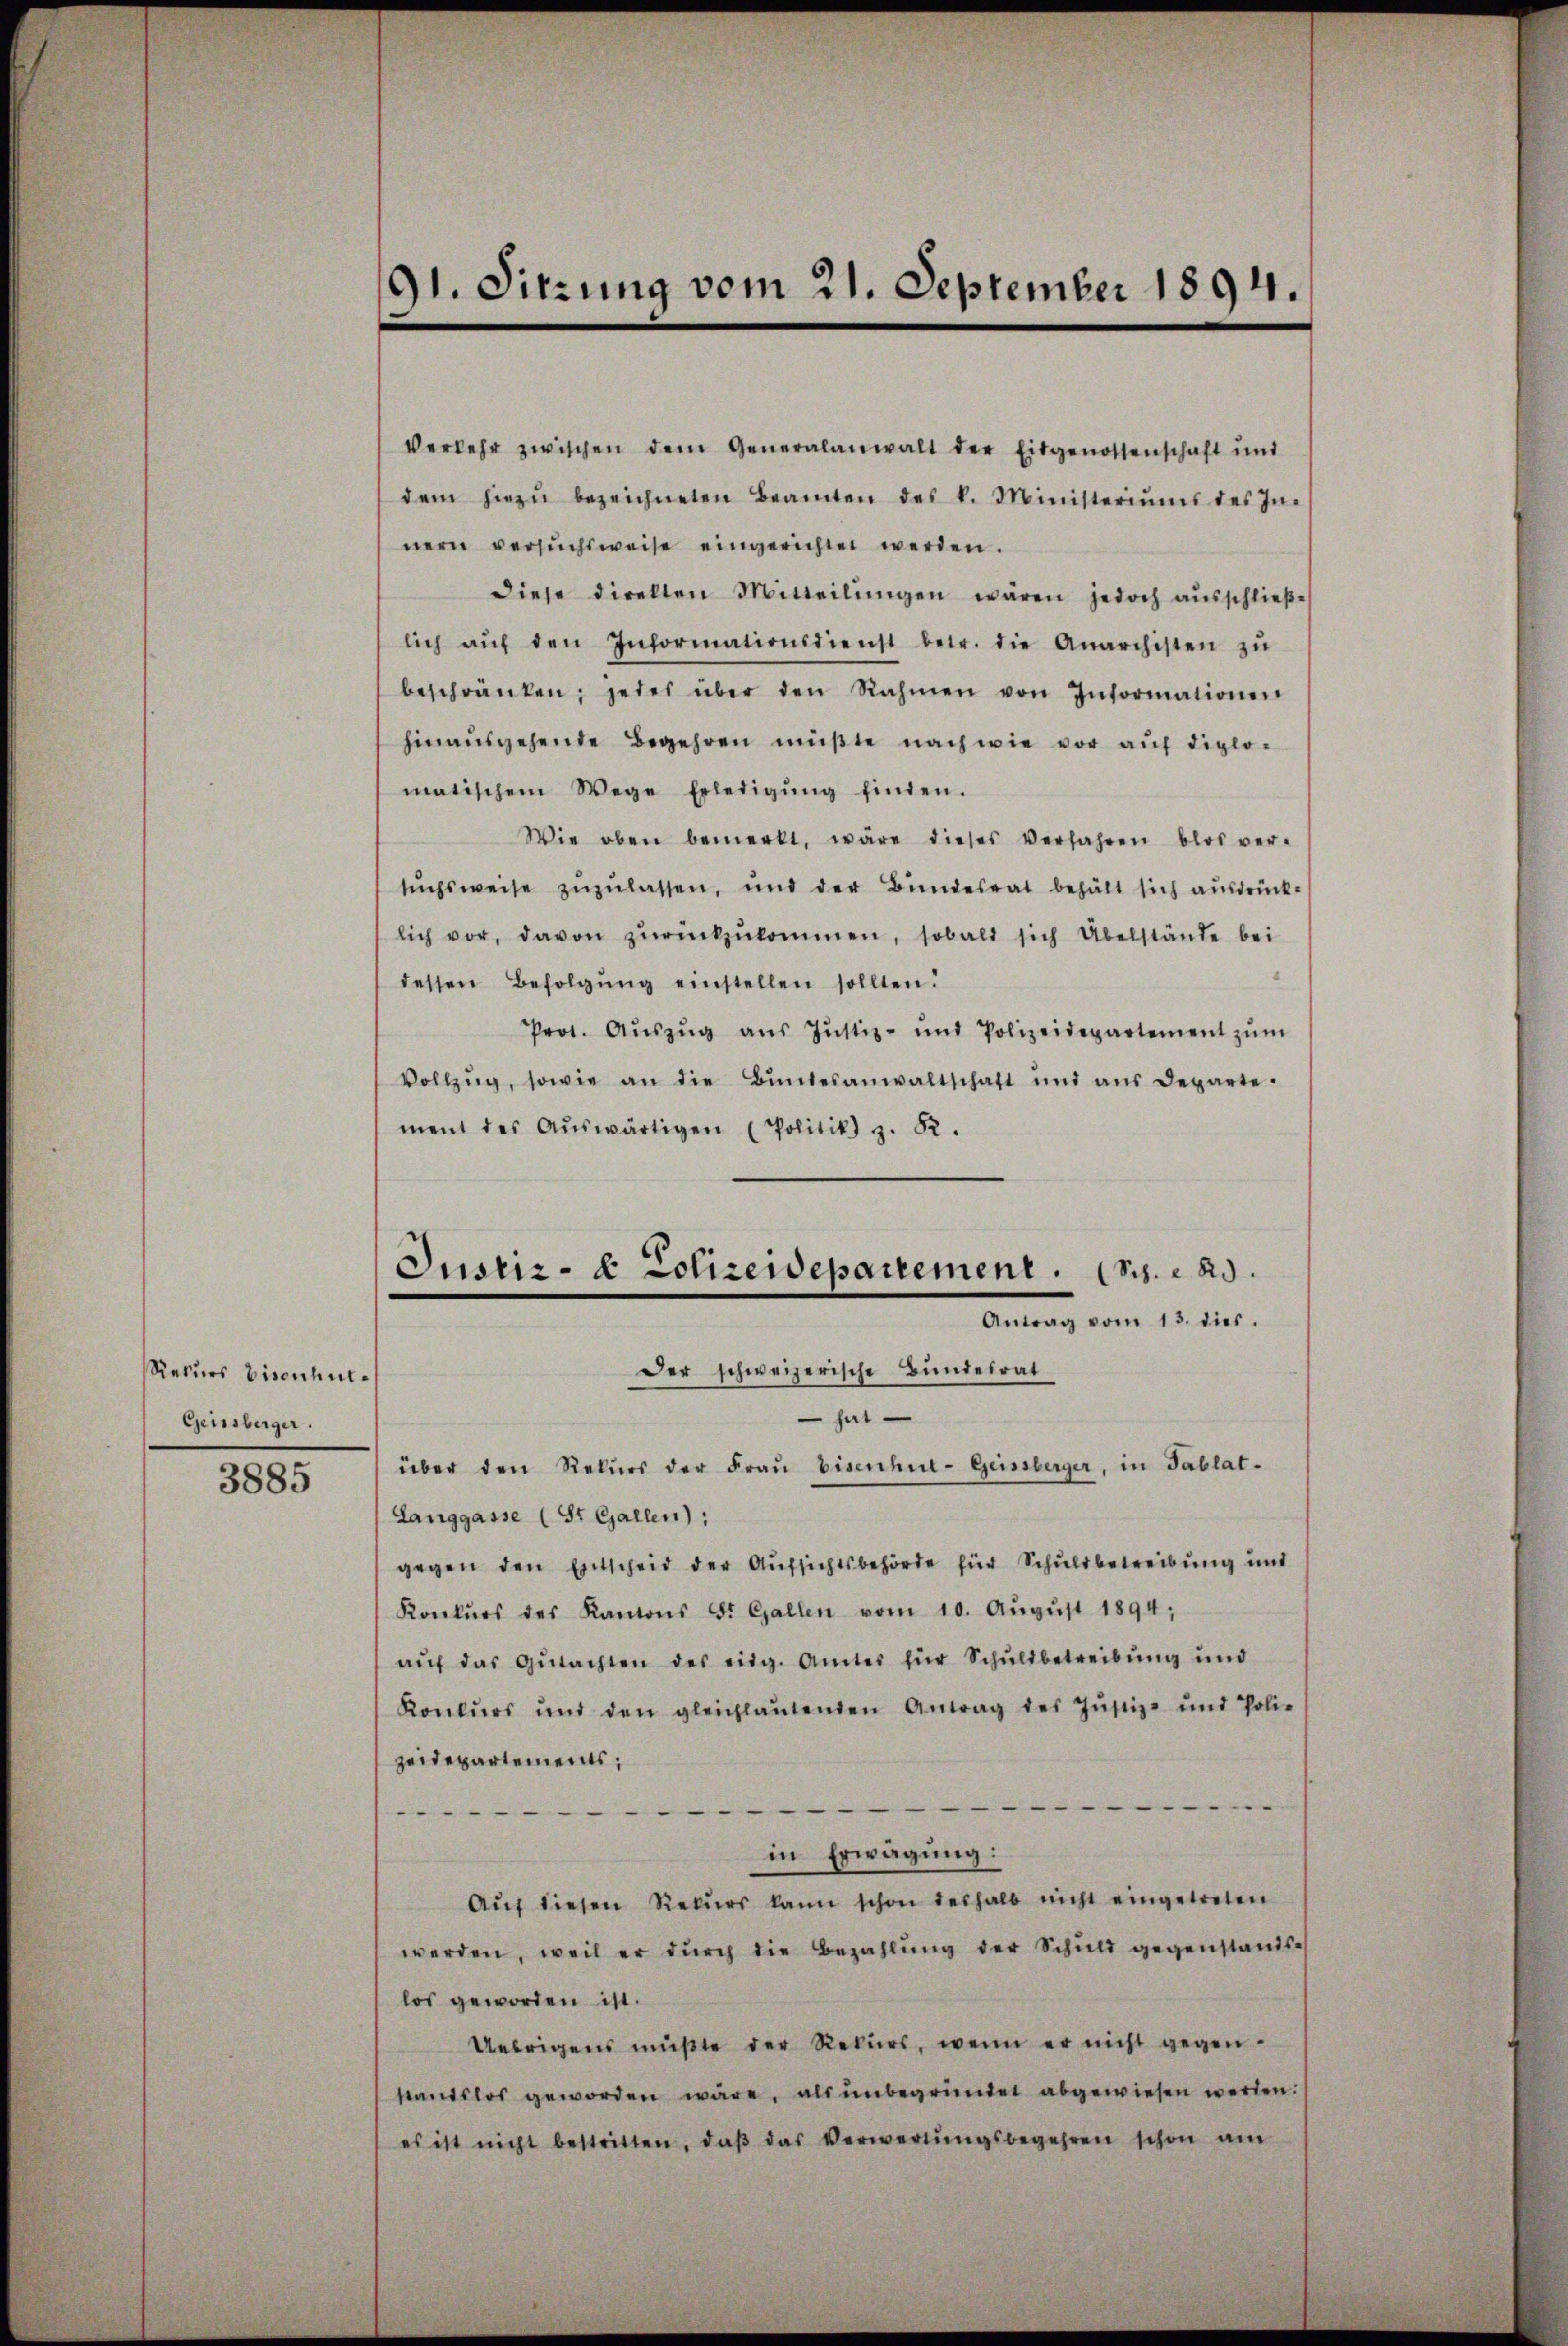
Recurs Bisenhut¬
Geissberger.

3885

91. Sitzung vom 21. September 1894.

Verkehr zwischen dem Generalanwalt der Eidgenossenschaft und
dem hiezŭ bezeichneten Beamten des k. Ministeriŭms des In-
nern versŭchsweise eingerichtet werden.
diese direkten Mitteilŭngen wären jedoch aŭsschlieβe
lich aŭf den Informationsdienst betr. die Anarchisten zŭ
beschränken; jedes über den Rahmen von Informationen
hinausgehende Begehren müßte nach wie vor auf diplomatischem Wege Erledigŭng finden.
Wie oben bemerkt, wäre dieses Verfahren blos ver-
sŭchsweise zŭzŭlassen, und der Bŭndesrat behält sich aŭsdrück-
lich vor, davon zŭrückzŭkommen, sobald sich Übelstände bei
dessen Befolgŭng einstellen sollten.
Prot. Aŭszŭg aŭs Jŭstiz- und Polizeidepartement zŭm
Vollzŭg, sowie an die Bŭndesanwaltschaft und aus Departe-
ment des Aŭswärtigen (Politik z. B.
Justiz- & Polizeidepartement. (S. 23.
Antrag vom 13. dies.
Der schweizerische Bundesrat
hat
über den Rekŭrs der Fraŭ Eisenhul- Geissberger, in Tablat-
Langgasse (St. Gallen);
gegen den Entscheid der Aufsichtsbehörde für Schuldbetreibung und
Konkŭrs des Kantons St. Gallen vom 10. Aŭgŭst 1894;
aŭf das Gŭtachten des eidg. Amtes für Schuldbetreibung und
Konkŭrs und den gleichlaŭtenden Antrag des Jŭstiz- und Polie
zeidepartements;

in Erwägung:
Aŭf diesen Rekŭrs kann schon deshalb nicht eingetreten
werden, weil er durch die Bezahlung der Schuld gegenstandslos geworden ist.
Uebrigens müßte der Rekurs, wenn er nicht gegenstandslos geworden wäre, als unbegründet abgewiesen werden.
es ist nicht bestritten, daβ das Verwerbŭngsbegehren schon am